Annual report of the Punjab Veterinary College and of the Civil Veterinary Department, Punjab - 1909-1919
Year: 1909
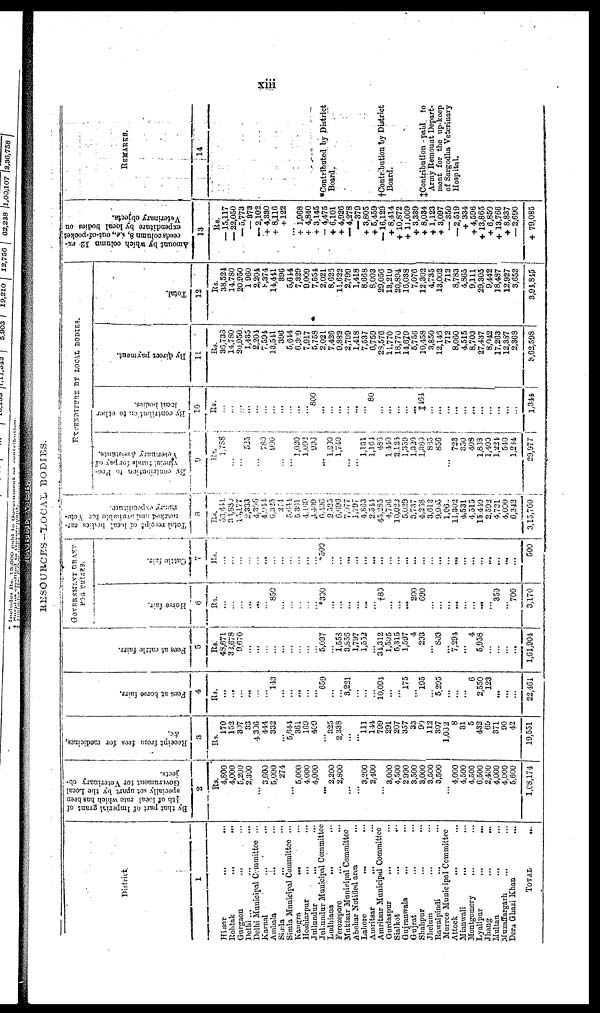
xiii
RESOURCES-LOCAL BODIES.
District.
1
Hisar
...
...
...
Rohtak ... ...
Gurgaon ... ...
Delhi ... ... ...
Delhi Municipal Committee ...
Karnal ... ... ... ...
Ambala ... ... ... ...
Simla ... ... ...
Simla Municipal Committee ...
Kangra ... ... ...
Hoshiarpur
... ... ...
Jullundur ... ... ... ...
Jullundur Municipal Committee
Ludhiana
...
...
Ferozepore ... ... ... ...
Muktsar Municipal Committee
Abohar Notified area
Lahore
...
...
...
...
Amritsar
... ... ...
Amritsar Municipal Committee
Gurdaspur ... ... ...
Sialkot
... ... ... ...
Gujranwala
... ... ... ...
Gujrat ... ... ...
Shahpur ... ... ... ...
Jhelum ... ... ...
Rawalpindi
...
Murrce Municipal Committee
Attock
... ... ... ... ...
Mianwali
... ... ... ... ...
Montgomery
Lyallpur ... ... ...
Jhang
...
...
Multan ... ... ...
Muzaffargarh
... ... ... ...
Dera Ghazi Khan ... ...
TOTAL
...
By that part of Imperial grant of
1/4th
of local rate which has been
specially set apart by the Local
Government lor Veterinary ob-
jects.
2
Rs.
4,800
4,000
5,200
2,300
...
3,600
5,000
274
...
5,000
4,000
4,000
...
2,200
2,800
...
...
3,200
2,400
...
3,000
4,500
2,900
3,500
3,000
3,500
3,500
...
4,000
4,500
4,500
6,500
2,400
4,000
4,000
5,600
1,08,174
Receipt from fees for medicines,
3
Rs.
170
152
807
33
4,306
444
332
...
5,644
361
169
400
...
325
2,338
...
...
111
144
799
291
207
357
33
90
112
307
1,032
8
31
5
432
69
371
90
42
19,551
Fees at h o r s e fai rs.
4
Rs.
...
...
...
...
...
...
143
...
...
...
...
...
659
...
...
3,221
...
...
...
10,091
...
...
175
...
195
...
5,295
...
...
...
6
2,550
123
...
...
...
22,461
Fees at c a t t l e fai rs.
5
Rs.
48,671
32,678
9,670
...
...
...
...
...
...
...
...
... 5,037
...
1,553
3,856
1,797
1,552
...
34,312
1,505
5,315
1,597
4
293
...
803
...
7,291
...
4
5,958
...
...
...
...
161,904
FOR PRIZES.
Horse
fair.
6
Rs.
...
...
...
...
...
...
850
...
...
...
...
... *300
...
...
...
...
...
...
†80
...
...
...
200
690
...
...
...
...
...
...
...
...
350
...
700
3,170
Cattle fair.
7
Rs.
...
...
...
...
...
... ...
*500
...
...
...
...
...
...
...
...
...
...
...
...
...
...
...
...
...
...
...
...
...
...
...
500
Total
receipt of local bodies sar- marked an
8
Rs.
53,641
35,839
15,177
2,333
4,306
4,944
6,325
274
5,644
5,361
4,169
4,409
6,406
9,325
6,693
7,977
1,797
4,863
2,544
43,285
4,796
10,022
5,029
3,737
4,268
3,612
9,905
1,06
11,302
4,531
4,515
15,410
2,592
4,721
4,000
6,342
3,15,760
EXPENDITURE BY LOCAL BODIES.
By contribution
to Pro-
0
Rs.
1,788
...
...
525
780
900
...
...
1,020
1,092
996
...
1,290
1,740
...
...
1,131
1,161
480
1,440
2,124
1,359
1,320
1,380
835
856
...
723
350
403
1,868
1,400
1,224
540
1,284
29,977
By contribution to
other
local
bodies.
10
Rs.
...
...
...
...
...
...
...
...
...
...
...
800
...
...
...
...
...
...
80
...
...
...
...
...
‡164
...
...
...
...
... ...
...
...
...
...
...
1,344
By direct payment.
11
Rs.
36,733
14.780
20,950.
1,435
2,204
7,591
13,541
396
5,644
6,369
7,917
5,758
2,021
7,426
9,882
2,799
1,418
7,537
6,759
28,576
11,770
18,770
14,679
5,756
10,458
3,850
12,143
712
8,060
4,515
8,703
27,437
8,042
17,263
12,837
2,368
8,62,598
Total.
12
Rs.
38,524
14,780
20,950
1,960
2,204
8,374
14,411
396
5,614
7,329
9,009
7,554
2,021
8,626
11,622
2,799
1,418
8,668
8,003
29,056
13,210
20,894
16,038
7,076
12,302
4,735
13,002
712
8,783
4,865
9,111
29,305
9,442
18,487
12,927
3,652
3,94,815
Amount by which column 12 ex-
ceeds column 8, i.e., out-of-pocket
expenditure by local bodies on
Veterinary objects.
13
Rs.
—15,117
— 22,050
— 5,773
— 873
— 2,102
+ 4,330
+ 8,116
+ 122
...
+ 1,968
+ 4,840
+ 3,145
- 4,475
+ 6,101
+ 4,926
— 4,278
— 379
+ 3,805
+ 5,459
—16,129
+ 8,414
+ 10.872
+ 11,009
+ 3,389
+ 8,084
+ 1,123
+ 3,097
— 350
— 2,519
+ 334
+ 4,596
+ 13,865
+ 6,850
+ 13,766
+ 8,837
— 2,690
+ 79,085
REMARKS.
14
*Contributed by District
Board
† Contribution by District
Board.
‡Contribution - paid to
Army Remount Depart-
ment for the up-keep
of Sargodha Veterinary
Hospital.